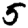
Digit: 5